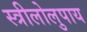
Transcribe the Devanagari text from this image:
स्त्रीलोलुपाय